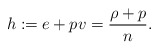
\begin{align*} h\coloneqq e+pv=\frac{\rho+p}{n}.\end{align*}